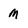
Character: M